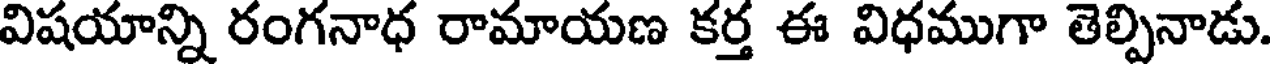
విషయాన్ని రంగనాధ రామాయణ కర్త ఈ విధముగా తెల్పినాడు.